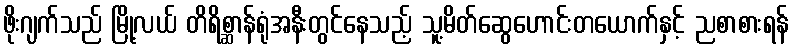
ဖိုးဂျက်သည် မြို့လယ် တိရိစ္ဆာန်ရုံအနီးတွင်နေသည့် သူ့မိတ်ဆွေဟောင်းတယောက်နှင့် ညစာစားရန်